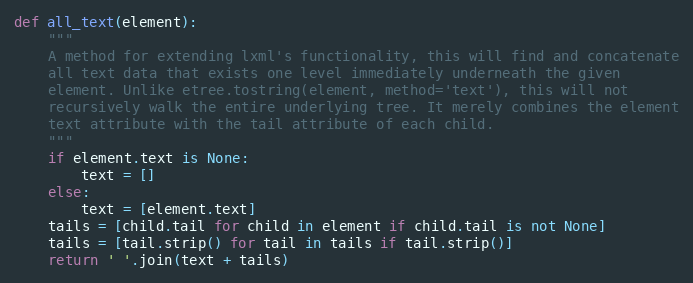
Language: Python
def all_text(element):
    """
    A method for extending lxml's functionality, this will find and concatenate
    all text data that exists one level immediately underneath the given
    element. Unlike etree.tostring(element, method='text'), this will not
    recursively walk the entire underlying tree. It merely combines the element
    text attribute with the tail attribute of each child.
    """
    if element.text is None:
        text = []
    else:
        text = [element.text]
    tails = [child.tail for child in element if child.tail is not None]
    tails = [tail.strip() for tail in tails if tail.strip()]
    return ' '.join(text + tails)